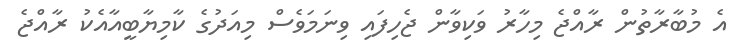
އެ މުބާރާތުން ރާއްޖެ މިހާރު ވަކިވާން ޖެހިފައި ވިނަމަވެސް މިއަދުގެ ކާމިޔާބީއާއެކު ރާއްޖެ